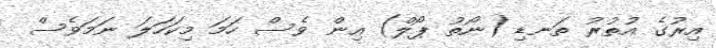
އިރުގެ އުތުރު ތަނޑި (ނޯތު ޕޯލް) އިން ވެސް ހަމަ މިކަހަލަ ނަމަވެސް